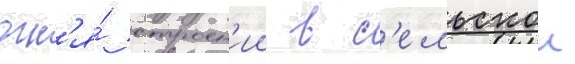
огн'я́ строен'ии в с'ельскои